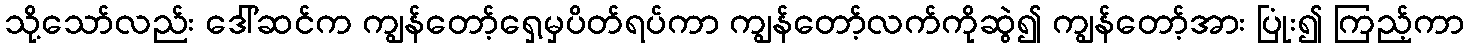
သို့သော်လည်း ဒေါ်ဆင်က ကျွန်တော့်ရှေ့မှပိတ်ရပ်ကာ ကျွန်တော့်လက်ကိုဆွဲ၍ ကျွန်တော့်အား ပြုံး၍ ကြည့်ကာ